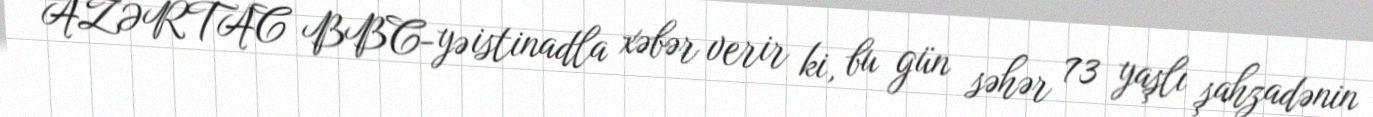
AZƏRTAC BBC-yə istinadla xəbər verir ki, bu gün səhər 73 yaşlı şahzadənin